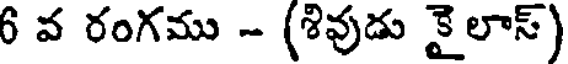
6 వ రంగము - (శివుడు కై లాస్)